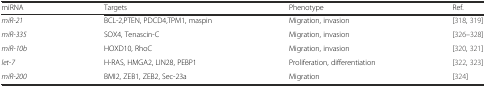
<table><thead><tr><td><b>miRNA</b></td><td><b>Targets</b></td><td><b>Phenotype</b></td><td><b>Ref.</b></td></tr></thead><tbody><tr><td><i>miR-21</i></td><td>BCL-2,PTEN, PDCD4,TPM1, maspin</td><td>Migration, invasion</td><td>[318, 319]</td></tr><tr><td><i>miR-335</i></td><td>SOX4, Tenascin-C</td><td>Migration, invasion</td><td>[326–328]</td></tr><tr><td><i>miR-10b</i></td><td>HOXD10, RhoC</td><td>Migration, invasion</td><td>[320, 321]</td></tr><tr><td><i>let-7</i></td><td>H-RAS, HMGA2, LIN28, PEBP1</td><td>Proliferation, differentiation</td><td>[322, 323]</td></tr><tr><td><i>miR-200</i></td><td>BMI2, ZEB1, ZEB2, Sec-23a</td><td>Migration</td><td>[324]</td></tr></tbody></table>